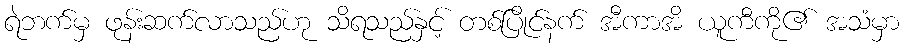
ရဲဘက်မှ ဖုန်းဆက်လာသည်ဟု သိရသည်နှင့် တစ်ပြိုင်နက် အီကာအိ ယူကီကို၏ အသံမှာ